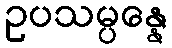
ဥပသမ္ပန္နေ